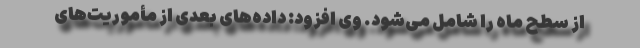
از سطح ماه را شامل می‌شود. وی افزود: داده‌های بعدی از مأموریت‌های